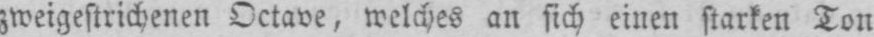
zweigestrichenen Octave, welches an sich einen starken Ton